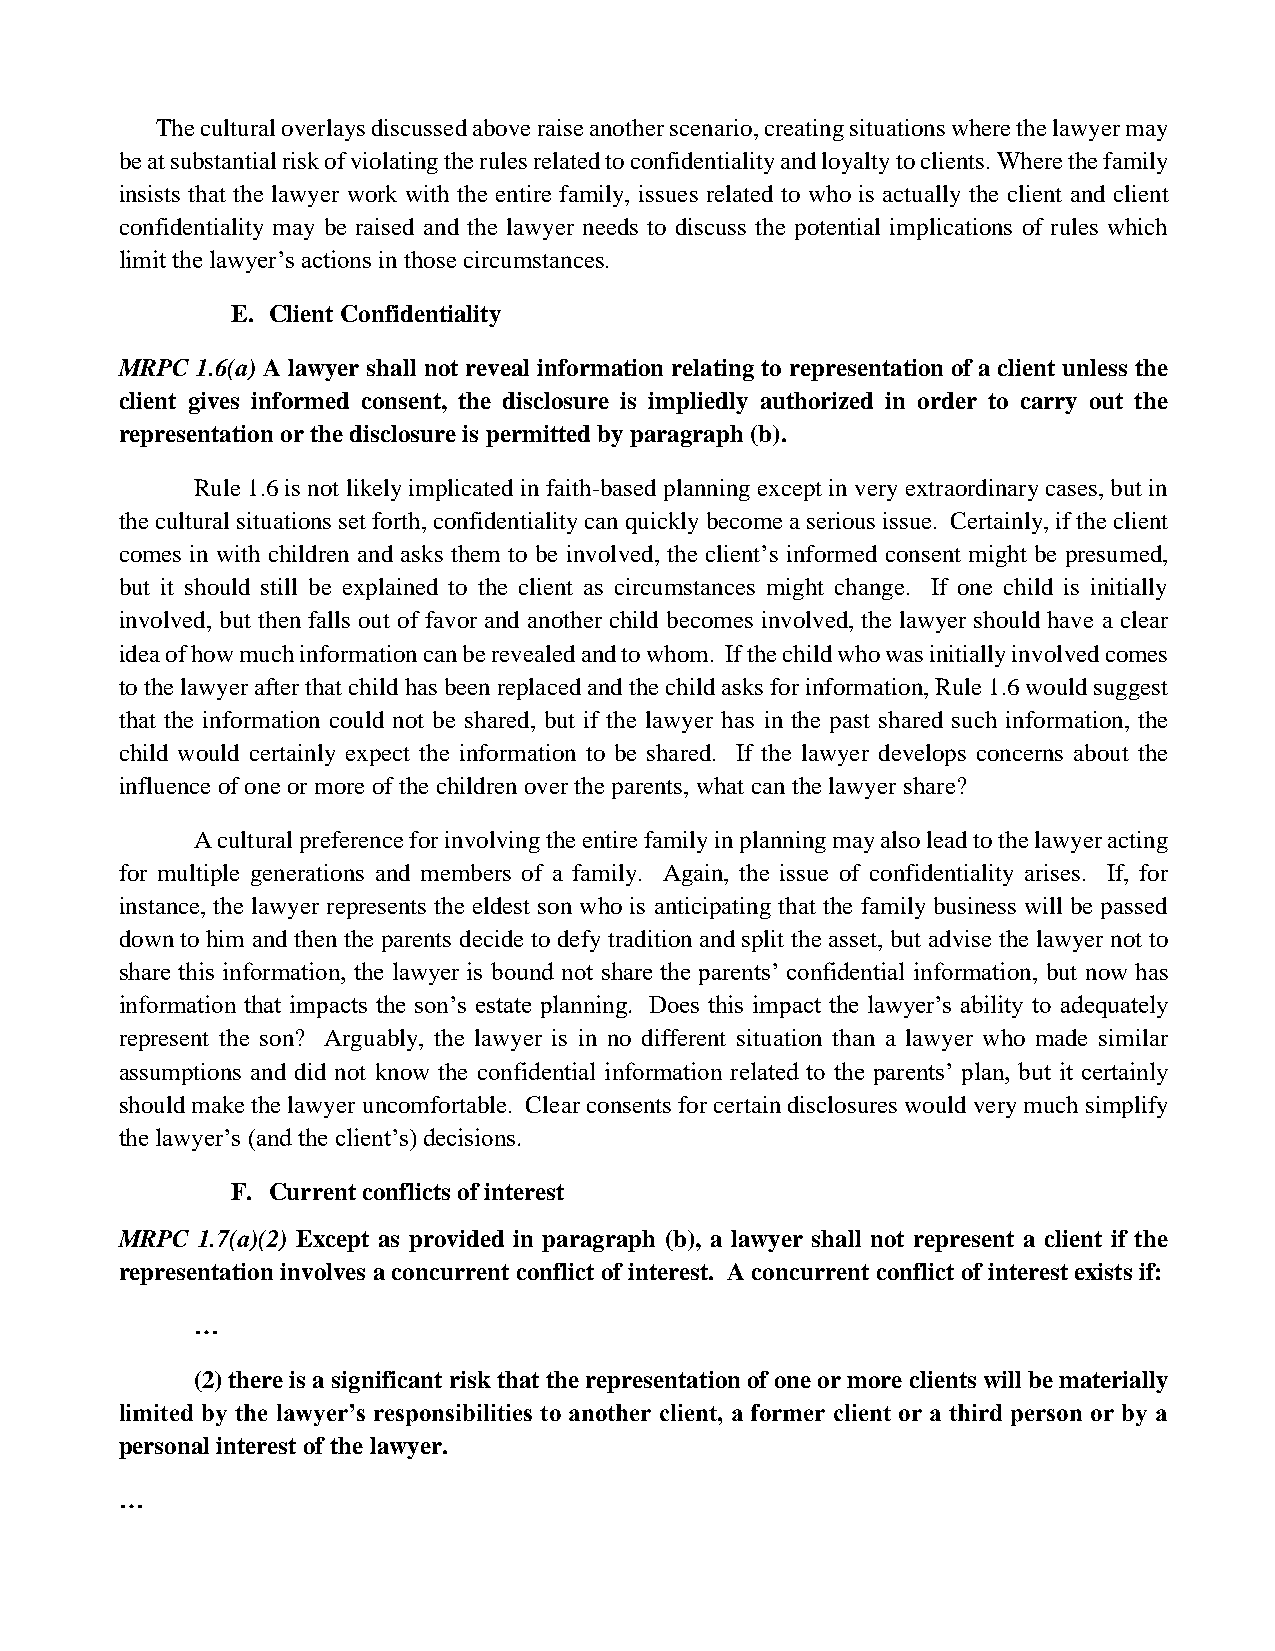
The cultural overlays discussed above raise another scenario, creating situations where the lawyer may
 be at substantial risk of violating the rules related to confidentiality and loyalty to clients. Where the family
 insists that the lawyer work with the entire family, issues related to who is actually the client and client
 confidentiality may be raised and the lawyer needs to discuss the potential implications of rules which
 limit the lawyer’s actions in those circumstances.
 E. Client Confidentiality
 MRPC 1.6(a) A lawyer shall not reveal information relating to representation of a client unless the
 client gives informed consent, the disclosure is impliedly authorized in order to carry out the
 representation or the disclosure is permitted by paragraph (b).
 Rule 1.6 is not likely implicated in faith-based planning except in very extraordinary cases, but in
 the cultural situations set forth, confidentiality can quickly become a serious issue. Certainly, if the client
 comes in with children and asks them to be involved, the client’s informed consent might be presumed,
 but it should still be explained to the client as circumstances might change. If one child is initially
 involved, but then falls out of favor and another child becomes involved, the lawyer should have a clear
 idea of how much information can be revealed and to whom. If the child who was initially involved comes
 to the lawyer after that child has been replaced and the child asks for information, Rule 1.6 would suggest
 that the information could not be shared, but if the lawyer has in the past shared such information, the
 child would certainly expect the information to be shared. If the lawyer develops concerns about the
 influence of one or more of the children over the parents, what can the lawyer share?
 A cultural preference for involving the entire family in planning may also lead to the lawyer acting
 for multiple generations and members of a family. Again, the issue of confidentiality arises. If, for
 instance, the lawyer represents the eldest son who is anticipating that the family business will be passed
 down to him and then the parents decide to defy tradition and split the asset, but advise the lawyer not to
 share this information, the lawyer is bound not share the parents’ confidential information, but now has
 information that impacts the son’s estate planning. Does this impact the lawyer’s ability to adequately
 represent the son? Arguably, the lawyer is in no different situation than a lawyer who made similar
 assumptions and did not know the confidential information related to the parents’ plan, but it certainly
 should make the lawyer uncomfortable. Clear consents for certain disclosures would very much simplify
 the lawyer’s (and the client’s) decisions.
 F. Current conflicts of interest
 MRPC 1.7(a)(2) Except as provided in paragraph (b), a lawyer shall not represent a client if the
 representation involves a concurrent conflict of interest. A concurrent conflict of interest exists if:
 …
 (2) there is a significant risk that the representation of one or more clients will be materially
 limited by the lawyer’s responsibilities to another client, a former client or a third person or by a
 personal interest of the lawyer.
 …